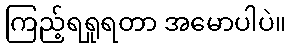
ကြည့်ရရှုရတာ အမောပါပဲ။